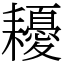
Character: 耰